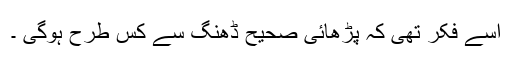
اسے فکر تھی کہ پڑھائی صحیح ڈھنگ سے کس طرح ہوگی ۔